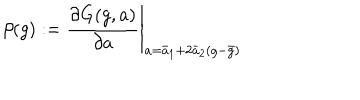
\beta ( g ) : = \left. \frac { \partial G ( g , a ) } { \partial a } \right| _ { a = \bar { a } _ { 1 } + 2 \bar { a } _ { 2 } ( g - \bar { g } ) }